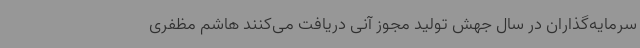
سرمایه‌گذاران در سال جهش تولید مجوز آنی دریافت می‌کنند هاشم مظفری